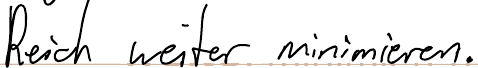
Reich weiter minimieren.